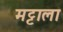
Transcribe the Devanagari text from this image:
मट्टाला